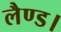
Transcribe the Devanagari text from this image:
लैण्ड।